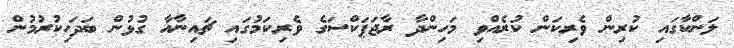
ލަންކާގައި ކުރިން ވެރިކަން ކުރެއްވި މަހިންދާ ރާޖަޕަކްސަގެ ވެރިކަމުގައި ޗައިނާއާ ގުޅުން ބަދަހިކުރުމުން